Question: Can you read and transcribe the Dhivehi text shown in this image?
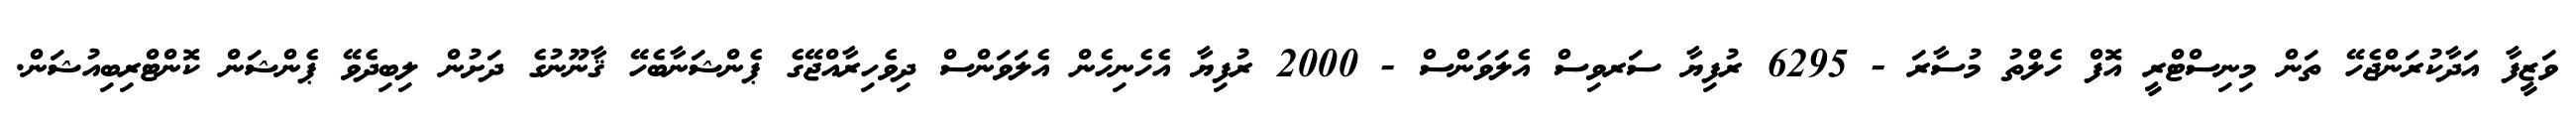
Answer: ވަޒީފާ އަދާކުރަންޖެހޭ ތަން މިނިސްޓްރީ އޮފް ހެލްތު މުސާރަ - 6295 ރުފިޔާ ސަރވިސް އެލަވަންސް - 2000 ރުފިޔާ އެހެނިހެން އެލަވަންސް ދިވެހިރާއްޖޭގެ ޕެންޝަނާބެހޭ ޤާނޫނުގެ ދަށުން ލިބިދެވޭ ޕެންޝަން ކޮންޓްރިބިއުޝަން.